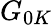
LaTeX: G_{0K}